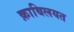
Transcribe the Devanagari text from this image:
क़ाबिलयत